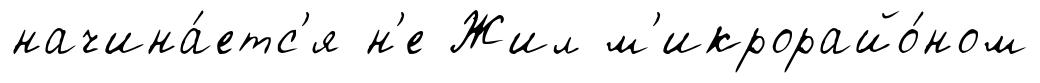
начина́етс'я н'е Жил м'икрорайо́ном